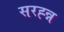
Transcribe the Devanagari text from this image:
सरह्न्न